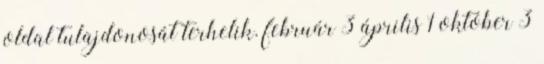
oldal tulajdonosát terhelik. február 3 április 1 október 3